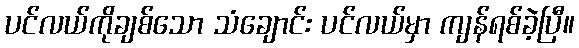
ပင်လယ်ကိုချစ်သော သံချောင်း ပင်လယ်မှာ ကျန်ရစ်ခဲ့ပြီ။